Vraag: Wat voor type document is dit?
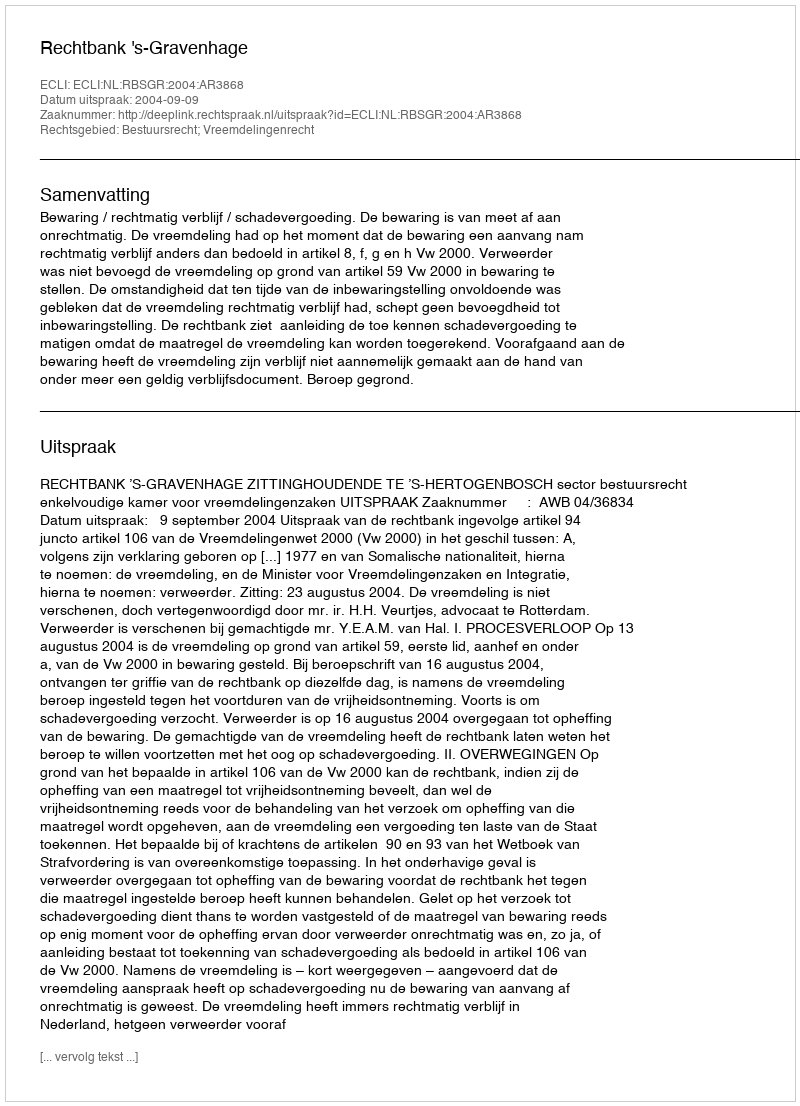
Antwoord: Uitspraak